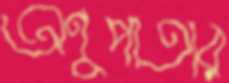
অণুপাতার